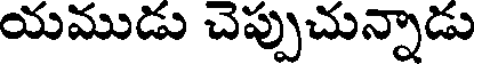
యముడు చెప్పుచున్నాడు